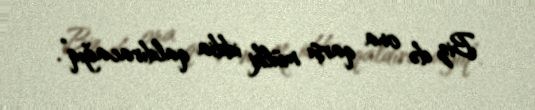
Biz də ona qarşı mülki iddia qaldıracağıq”.